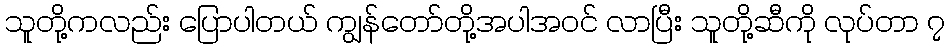
သူတို့ကလည်း ပြောပါတယ် ကျွန်တော်တို့အပါအဝင် လာပြီး သူတို့ဆီကို လုပ်တာ ၇